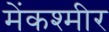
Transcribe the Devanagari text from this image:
मेंकश्मीर